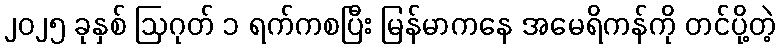
၂၀၂၅ ခုနှစ် ဩဂုတ် ၁ ရက်ကစပြီး မြန်မာကနေ အမေရိကန်ကို တင်ပို့တဲ့